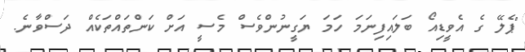
"ޕެލޭ ގެ އެވީޑިއޯ ބަލައިފިނަމަ ހަމަ ޔަގީނުންވެސް މެސީ އަށް ކަންތައްތަކެއް ދަސްވާނެ.